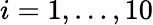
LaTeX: i=1,\dots,10